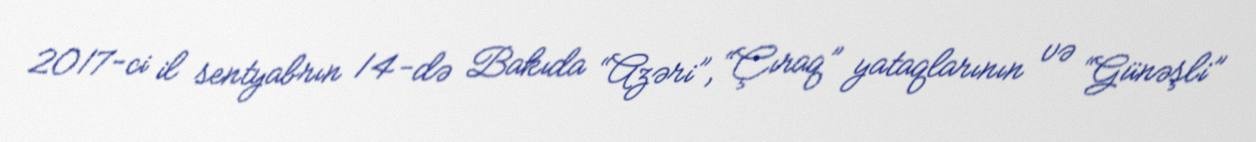
2017-ci il sentyabrın 14-də Bakıda “Azəri”, “Çıraq” yataqlarının və “Günəşli”